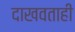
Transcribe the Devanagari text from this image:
दाखवताही